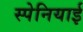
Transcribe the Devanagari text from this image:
स्‍पेनियाई